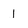
Character: 1